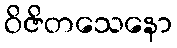
ဝိဇိတသေနော